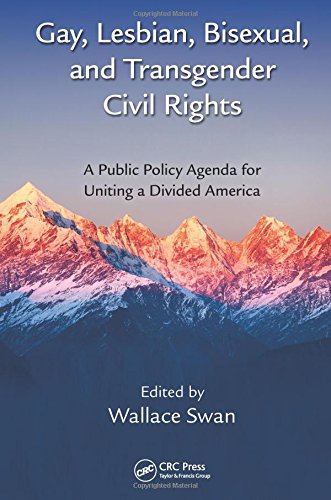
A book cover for Gay, Lesbian, Bisexual, and Transgender Civil Rights: A Public Policy Agenda for Uniting a Divided America; Gay & Lesbian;